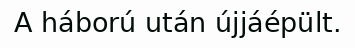
A háború után újjáépült.